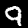
Digit: 9